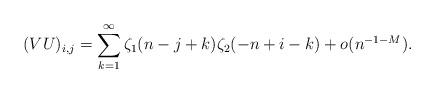
LaTeX: \begin{align*}(VU)_{i,j} = \sum_{k=1}^{\infty} \zeta_{1}(n-j+k)\zeta_{2}(-n+i-k) + o(n^{-1-M}).\end{align*}